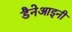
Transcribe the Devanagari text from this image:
डैनेआइनी